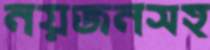
নয়জনসহ